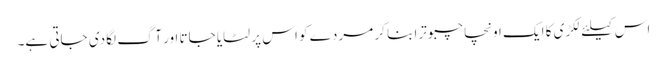
اس کیلئے لکڑی کا ایک اونچا چبوترا بنا کر مردے کو اس پر لٹایا جاتا اور آگ لگا دی جاتی ہے۔